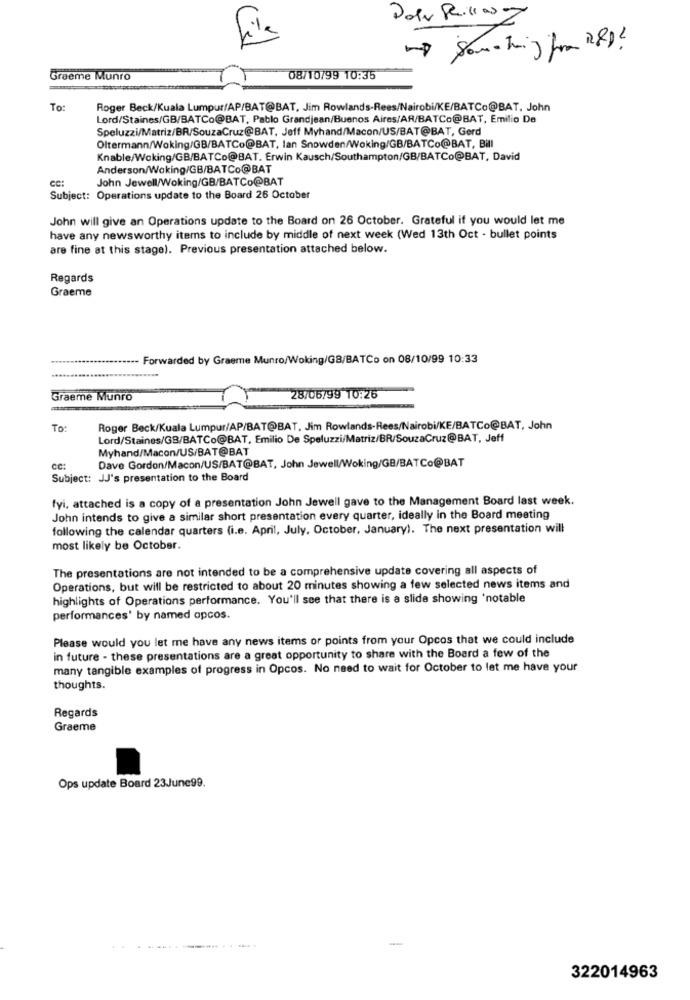
Pola Pillasz
Graeme Munro
08/10/99 10:35
To:
Roger Beck/Kuala Lumpur/AP/BAT@BAT, Jim Rowlands-Rees/Nairobi/KE/BATCo@BAT. John
Lord/Staines/GB/BATCo@BAT, Pablo Grandjean/Buenos Aires/AR/BATCo@BAT, Emilio De
Speluzzi/Matriz/BR/SouzaCruz@BAT, Jeff Myhand/Macon/US/BAT@BAT, Gerd
Oltermann/Woking/GB/BATCo@BAT, lan Snowden/Woking/GB/BATCo@BAT, Bill
Knable/Woking/GB/BATCo@BAT. Erwin Kausch/Southampton/GB/BATCo@BAT, David
Anderson/Woking/GB/BATCo@BAT
cc:
John Jewell/Woking/GB/BATCo@BAT
Subject: Operations update to the Board 26 October
John will give an Operations update to the Board on 26 October. Grateful if you would let me
have any newsworthy items to include by middle of next week (Wed 13th Oct - bullet points
are fine at this stage). Previous presentation attached below.
Regards
Graeme
Forwarded by Graeme Munro/Woking/GB/BATCo on 08/10/99 10:33
Graeme Munro
28/06/99 10:26
To:
Roger Beck/Kuala Lumpur/AP/BAT@BAT, Jim Rowlands-Rees/Nairobi/KE/BATCo@BAT, John
Lord/Staines/GB/BATCo@BAT, Emilio De Speluzzi/Matriz/BR/SouzaCruz@BAT, Jeff
Myhand/Macon/US/BAT@BAT
Dave Gordon/Macon/US/BAT@BAT, John Jewell/Woking/GB/BATCo@BAT
Subject: JJ's presentation to the Board
fyi, attached is a copy of a presentation John Jewell gave to the Management Board last week.
John intends to give a similar short presentation every quarter, ideally in the Board meeting
following the calendar quarters (i.e. April, July, October, January). The next presentation will
most likely be October.
The presentations are not intended to be a comprehensive update covering all aspects of
Operations, but will be restricted to about 20 minutes showing a few selected news items and
highlights of Operations performance. You'll see that there is a slide showing 'notable
performances' by named opcos.
Please would you let me have any news items or points from your Opcos that we could include
in future - these presentations are a great opportunity to share with the Board a few of the
many tangible examples of progress in Opcos. No need to wait for October to let me have your
thoughts.
Regards
Graeme
Ops update Board 23June99.
-
322014963